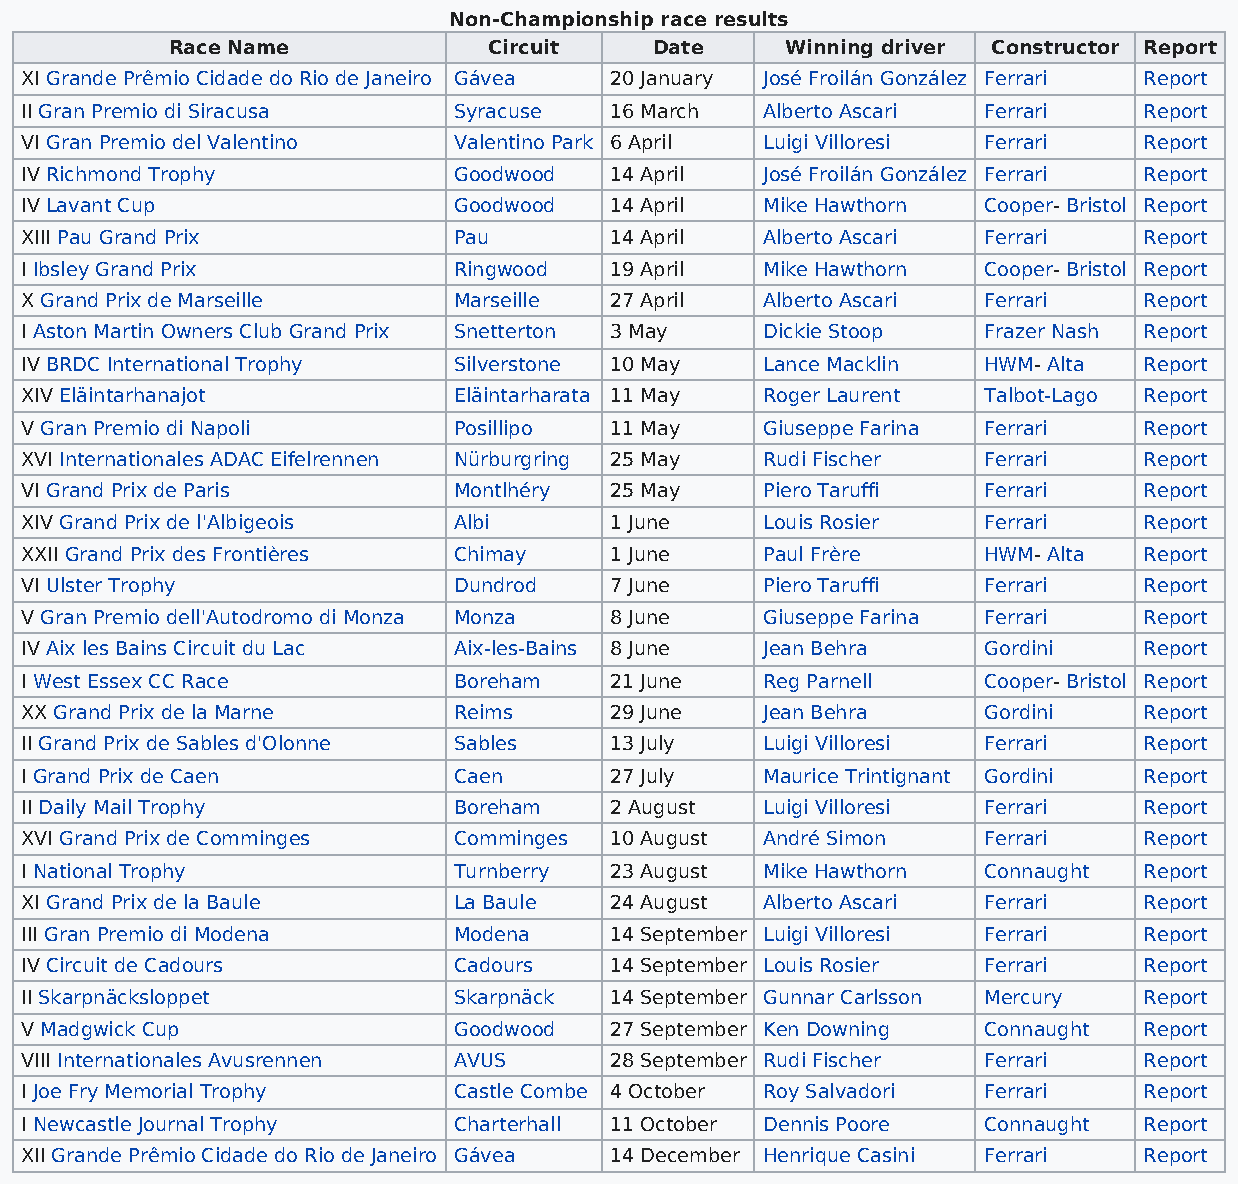
Non-Championship race results
 Race Name            Circuit    Date     Winning driver Constructor Report
 XI Grande Prêmio Cidade do Rio de Janeiro Gávea 20 January José Froilán González Ferrari Report
 II Gran Premio di Siracusa   Syracuse  16 March  Alberto Ascari Ferrari    Report
 VI Gran Premio del Valentino Valentino Park 6 April Luigi Villoresi Ferrari Report
 IV Richmond Trophy           Goodwood  14 April  José Froilán González Ferrari Report
 IV Lavant Cup                Goodwood  14 April  Mike Hawthorn  Cooper- Bristol Report
 XIII Pau Grand Prix          Pau       14 April  Alberto Ascari Ferrari    Report
 I Ibsley Grand Prix          Ringwood  19 April  Mike Hawthorn  Cooper- Bristol Report
 X Grand Prix de Marseille    Marseille 27 April  Alberto Ascari Ferrari    Report
 I Aston Martin Owners Club Grand Prix Snetterton 3 May Dickie Stoop Frazer Nash Report
 IV BRDC International Trophy Silverstone 10 May  Lance Macklin  HWM- Alta  Report
 XIV Eläintarhanajot          Eläintarharata 11 May Roger Laurent Talbot-Lago Report
 V Gran Premio di Napoli      Posillipo 11 May    Giuseppe Farina Ferrari   Report
 XVI Internationales ADAC Eifelrennen Nürburgring 25 May Rudi Fischer Ferrari Report
 VI Grand Prix de Paris       Montlhéry 25 May    Piero Taruffi  Ferrari    Report
 XIV Grand Prix de l'Albigeois Albi     1 June    Louis Rosier   Ferrari    Report
 XXII Grand Prix des Frontières Chimay  1 June    Paul Frère     HWM- Alta  Report
 VI Ulster Trophy             Dundrod   7 June    Piero Taruffi  Ferrari    Report
 V Gran Premio dell'Autodromo di Monza Monza 8 June Giuseppe Farina Ferrari Report
 IV Aix les Bains Circuit du Lac Aix-les-Bains 8 June Jean Behra Gordini    Report
 I West Essex CC Race         Boreham   21 June   Reg Parnell    Cooper- Bristol Report
 XX Grand Prix de la Marne    Reims     29 June   Jean Behra     Gordini    Report
 II Grand Prix de Sables d'Olonne Sables 13 July  Luigi Villoresi Ferrari   Report
 I Grand Prix de Caen         Caen      27 July   Maurice Trintignant Gordini Report
 II Daily Mail Trophy         Boreham   2 August  Luigi Villoresi Ferrari   Report
 XVI Grand Prix de Comminges  Comminges 10 August André Simon    Ferrari    Report
 I National Trophy            Turnberry 23 August Mike Hawthorn  Connaught  Report
 XI Grand Prix de la Baule    La Baule  24 August Alberto Ascari Ferrari    Report
 III Gran Premio di Modena    Modena    14 September Luigi Villoresi Ferrari Report
 IV Circuit de Cadours        Cadours   14 September Louis Rosier Ferrari   Report
 II Skarpnäcksloppet          Skarpnäck 14 September Gunnar Carlsson Mercury Report
 V Madgwick Cup               Goodwood  27 September Ken Downing Connaught  Report
 VIII Internationales Avusrennen AVUS   28 September Rudi Fischer Ferrari   Report
 I Joe Fry Memorial Trophy    Castle Combe 4 October Roy Salvadori Ferrari  Report
 I Newcastle Journal Trophy   Charterhall 11 October Dennis Poore Connaught Report
 XII Grande Prêmio Cidade do Rio de Janeiro Gávea 14 December Henrique Casini Ferrari Report